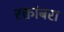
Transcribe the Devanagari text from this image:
रक्तांबरा